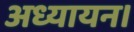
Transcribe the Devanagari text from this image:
अध्यायन।